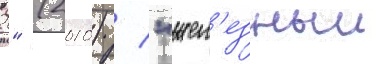
2" (2010) / "жел'езныи